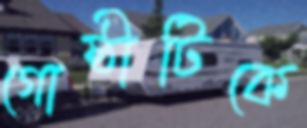
গোষ্ঠীটিকে